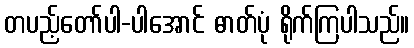
တပည့်တော်ပါ-ပါအောင် ဓာတ်ပုံ ရိုက်ကြပါသည်။